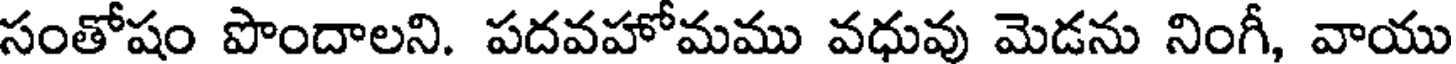
సంతోషం పొందాలని. పదవహోమము వధువు మెడను నింగీ, వాయు